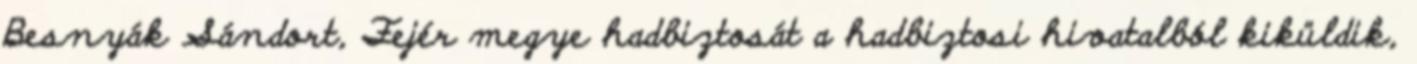
Besnyák Sándort, Fejér megye hadbiztosát a hadbiztosi hivatalból kiküldik,